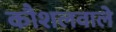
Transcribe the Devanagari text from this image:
कौशलवाले